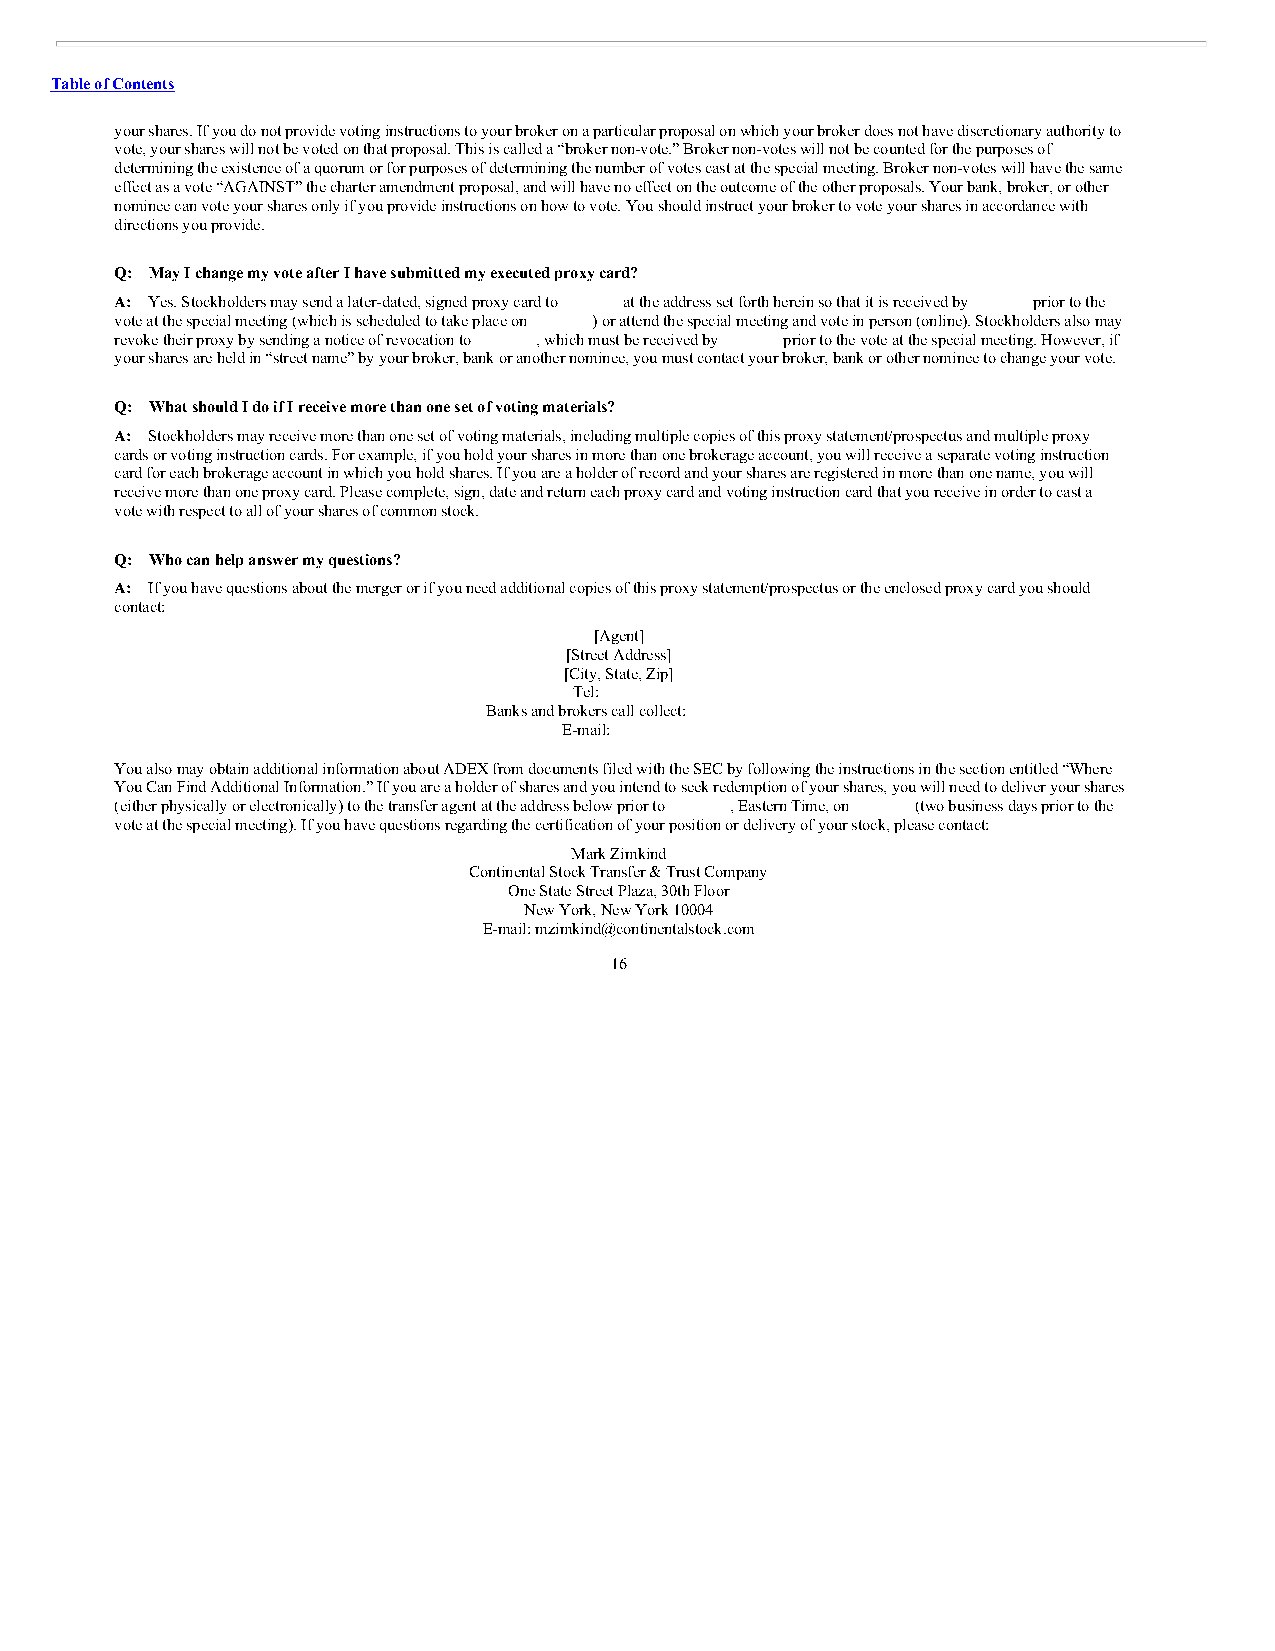
Table of Contents
 your shares. If you do not provide voting instructions to your broker on a particular proposal on which your broker does not have discretionary authority to
 vote, your shares will not be voted on that proposal. This is called a “broker non-vote.” Broker non-votes will not be counted for the purposes of
 determining the existence of a quorum or for purposes of determining the number of votes cast at the special meeting. Broker non-votes will have the same
 effect as a vote “AGAINST” the charter amendment proposal, and will have no effect on the outcome of the other proposals. Your bank, broker, or other
 nominee can vote your shares only if you provide instructions on how to vote. You should instruct your broker to vote your shares in accordance with
 directions you provide.
 Q: May I change my vote after I have submitted my executed proxy card?
 A: Yes. Stockholders may send a later-dated, signed proxy card to at the address set forth herein so that it is received by prior to the
 vote at the special meeting (which is scheduled to take place on ) or attend the special meeting and vote in person (online). Stockholders also may
 revoke their proxy by sending a notice of revocation to , which must be received by prior to the vote at the special meeting. However, if
 your shares are held in “street name” by your broker, bank or another nominee, you must contact your broker, bank or other nominee to change your vote.
 Q: What should I do if I receive more than one set of voting materials?
 A: Stockholders may receive more than one set of voting materials, including multiple copies of this proxy statement/prospectus and multiple proxy
 cards or voting instruction cards. For example, if you hold your shares in more than one brokerage account, you will receive a separate voting instruction
 card for each brokerage account in which you hold shares. If you are a holder of record and your shares are registered in more than one name, you will
 receive more than one proxy card. Please complete, sign, date and return each proxy card and voting instruction card that you receive in order to cast a
 vote with respect to all of your shares of common stock.
 Q: Who can help answer my questions?
 A: If you have questions about the merger or if you need additional copies of this proxy statement/prospectus or the enclosed proxy card you should
 contact:
 [Agent]
 [Street Address]
 [City, State, Zip]
 Tel:
 Banks and brokers call collect:
 E-mail:
 You also may obtain additional information about ADEX from documents filed with the SEC by following the instructions in the section entitled “Where
 You Can Find Additional Information.” If you are a holder of shares and you intend to seek redemption of your shares, you will need to deliver your shares
 (either physically or electronically) to the transfer agent at the address below prior to , Eastern Time, on (two business days prior to the
 vote at the special meeting). If you have questions regarding the certification of your position or delivery of your stock, please contact:
 Mark Zimkind
 Continental Stock Transfer & Trust Company
 One State Street Plaza, 30th Floor
 New York, New York 10004
 E-mail: mzimkind@continentalstock.com
 16